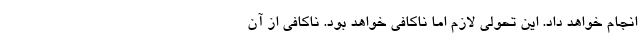
انجام خواهد داد. این تحولی لازم اما ناکافی خواهد بود. ناکافی از آن